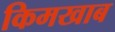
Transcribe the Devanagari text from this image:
किमखाब